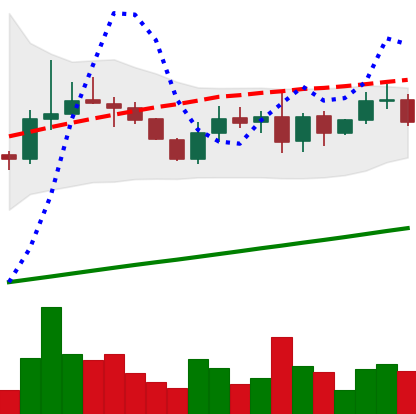
Ticker: LINK-USD
Chart end date: 2019-08-20
Forward return: -12.409%
Label: down_7plus